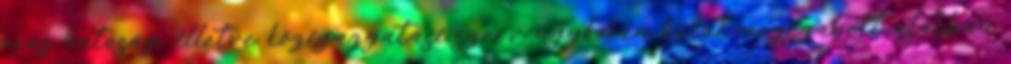
más hatóság, illetve közigazgatási szerv ügykörén belül megszabott alakban